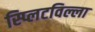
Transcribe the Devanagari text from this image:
स्प्लिटविल्ला